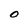
Character: O